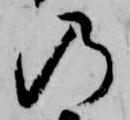
の